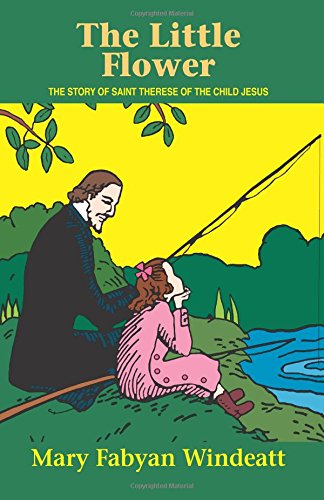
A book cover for The Little Flower: The Story of St. Therese of the Child Jesus (Saints Lives); Windeatt; Christian Books & Bibles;